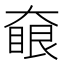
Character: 𡙵